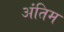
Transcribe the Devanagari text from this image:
अंंतिम